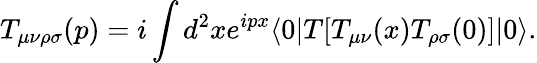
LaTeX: T_{\mu\nu\rho\sigma}(p)=i\int d^{2}xe^{ipx}\langle 0\vert T\lbrack T_{\mu\nu}(x)T_{\rho\sigma}(0)\rbrack\vert 0\rangle.